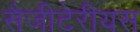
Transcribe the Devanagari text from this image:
सैजीटेरीयस